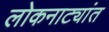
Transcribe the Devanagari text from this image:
लोकनाट्यांत